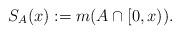
LaTeX: \begin{align*}S_A(x) := m(A \cap [0,x)).\end{align*}